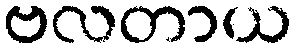
ဗလတာယ